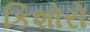
કિશોરો